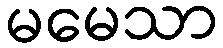
မမေသာ